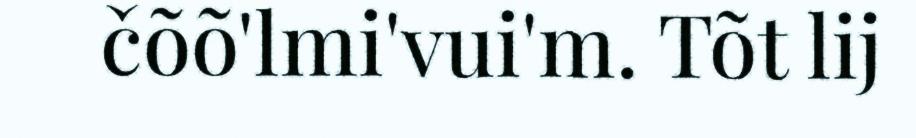
čõõ'lmi'vui'm. Tõt lij